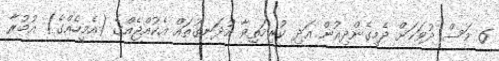
6 މަސް ދުވަހަށް ދެމިގެންދިއުން އަދި ކުރިމަތިވާ އުދަނގޫތައް އެކުއްޖެއްގެ (އެމީހެއްގެ) އުމުރާ